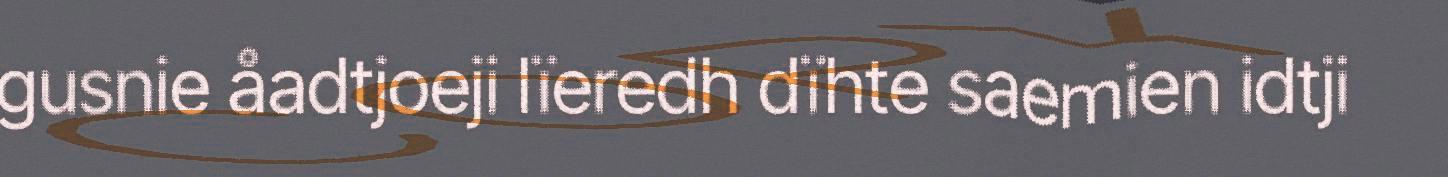
gusnie åadtjoeji lïeredh dïhte saemien idtji